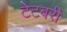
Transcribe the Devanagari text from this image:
टेटबरी